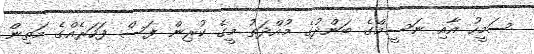
ސަމީހު އާއި ނަސީމްގެ ބަންދުގެ މުއްދަތު މީގެ ކުރިން ފަސް ފަހަރެއްގެ މަތިން